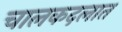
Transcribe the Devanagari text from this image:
चालकदलात